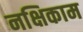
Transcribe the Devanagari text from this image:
नक्षिकाम